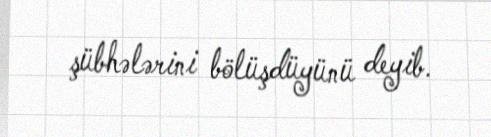
şübhələrini bölüşdüyünü deyib.